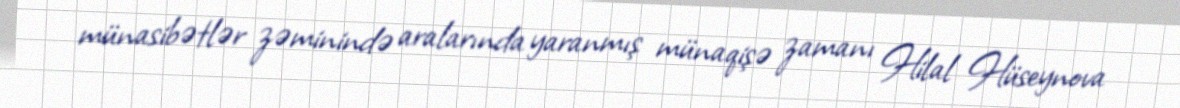
münasibətlər zəminində aralarında yaranmış münaqişə zamanı Hilal Hüseynova